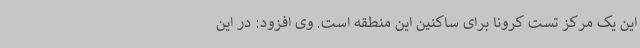
این یک مرکز تست کرونا برای ساکنین این منطقه است. وی افزود: در این